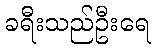
ခရီးသည်ဦးရေ